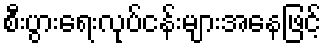
စီးပွားရေးလုပ်ငန်းများအနေဖြင့်